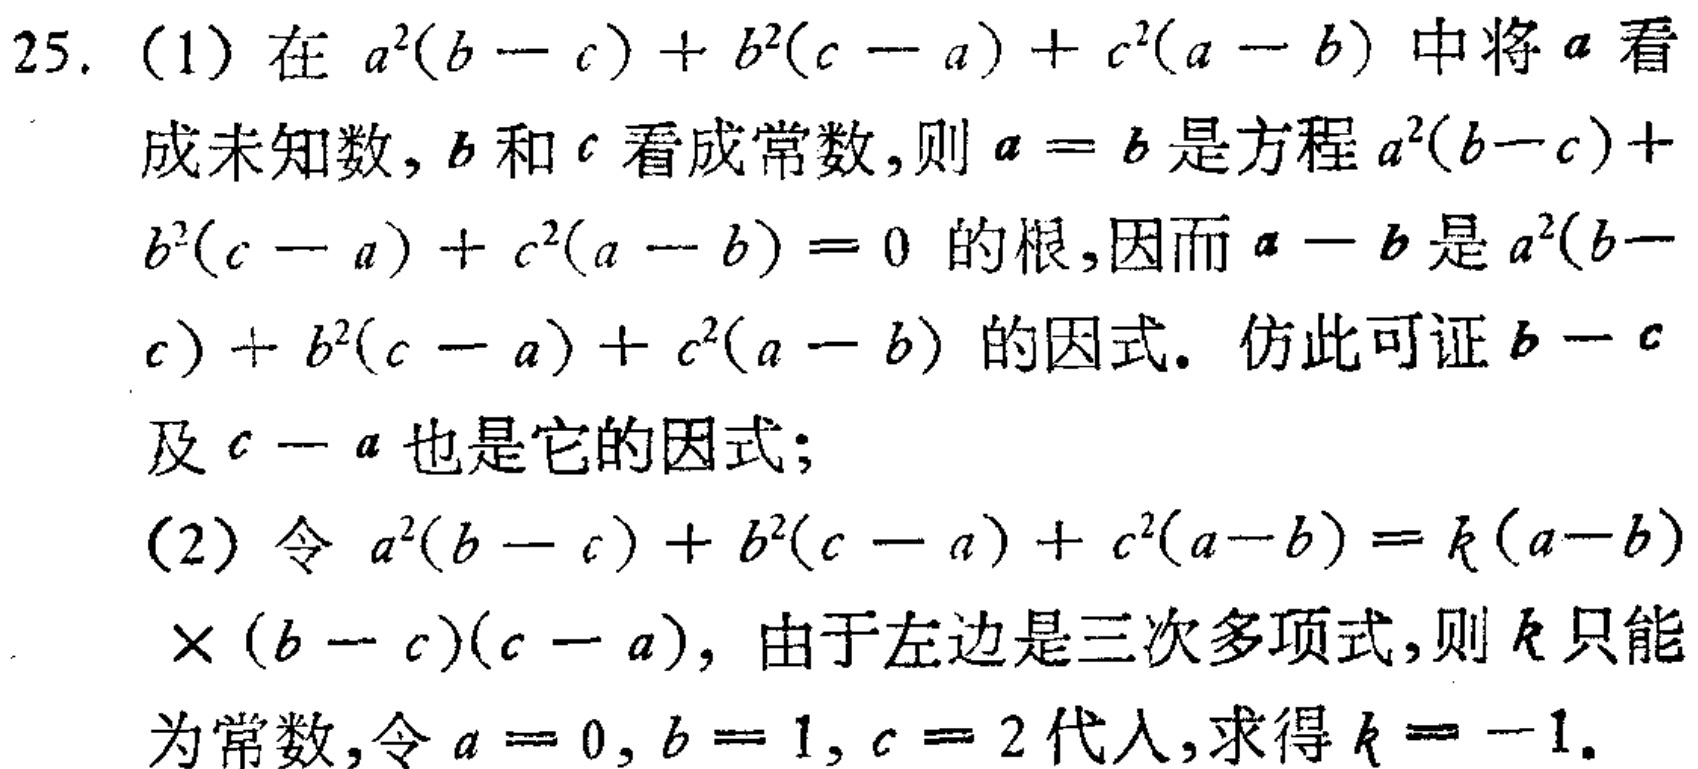
25. (1) 在 \(a^{2}(b - c)+b^{2}(c - a)+c^{2}(a - b)\) 中将 \(a\) 看成未知数, \(b\) 和 \(c\) 看成常数,则 \(a = b\) 是方程 \(a^{2}(b - c)+b^{2}(c - a)+c^{2}(a - b)=0\) 的根,因而 \(a - b\) 是 \(a^{2}(b - c)+b^{2}(c - a)+c^{2}(a - b)\) 的因式. 仿此可证 \(b - c\) 及 \(c - a\) 也是它的因式;
(2) 令 \(a^{2}(b - c)+b^{2}(c - a)+c^{2}(a - b)=k(a - b)\times(b - c)(c - a)\), 由于左边是三次多项式,则 \(k\) 只能为常数,令 \(a = 0\), \(b = 1\), \(c = 2\) 代入,求得 \(k=-1\).